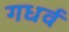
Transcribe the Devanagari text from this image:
गधर्व